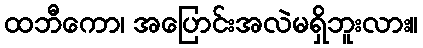
ထဘီကော၊ အပြောင်းအလဲမရှိဘူးလား။